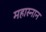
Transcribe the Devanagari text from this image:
महास्नान